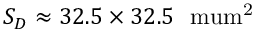
S _ { D } \approx 3 2 . 5 \times 3 2 . 5 ~ \mathrm { { \ m u m } ^ { 2 } }